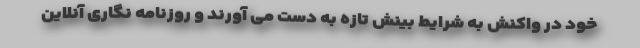
خود در واکنش به شرایط بینش تازه به دست می آورند و روزنامه نگاری آنلاین